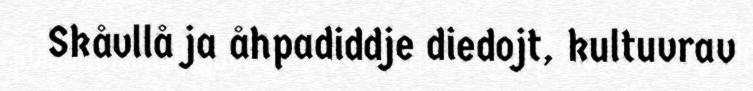
Skåvllå ja åhpadiddje diedojt, kultuvrav